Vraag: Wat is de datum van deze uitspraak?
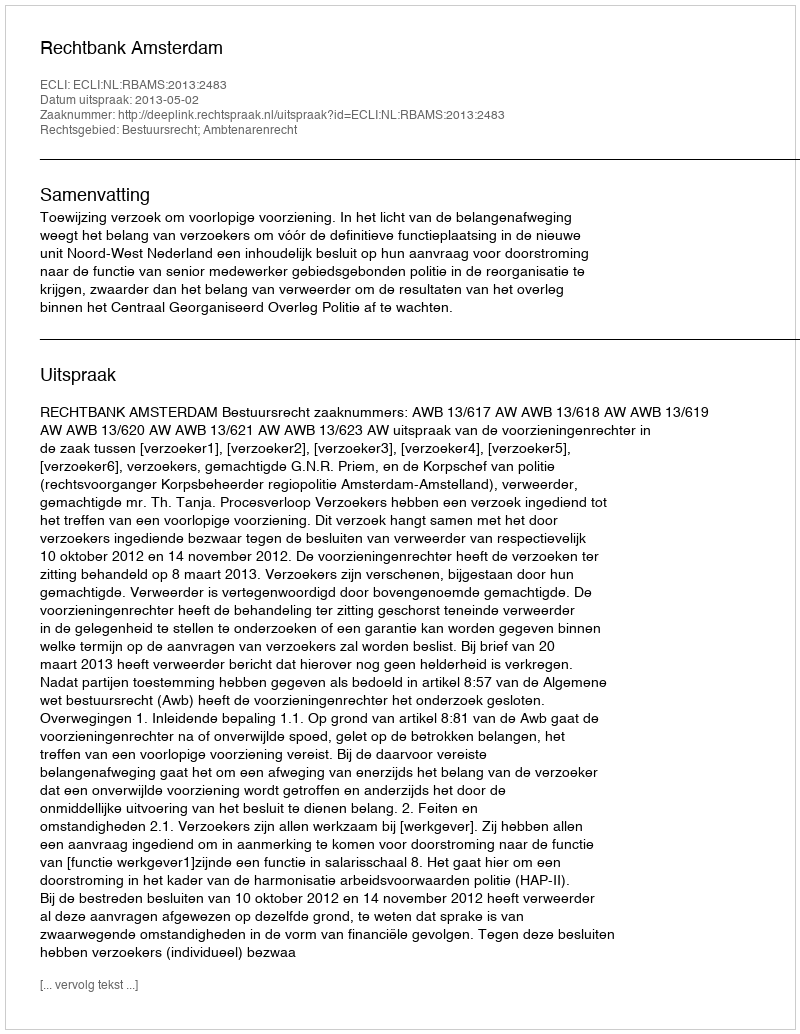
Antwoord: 2013-05-02